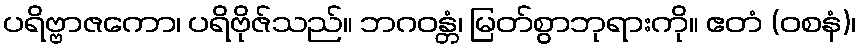
ပရိဗ္ဗာဇကော၊ ပရိဗိုဇ်သည်။ ဘဂဝန္တံ၊ မြတ်စွာဘုရားကို။ ဧတံ (ဝစနံ)၊